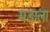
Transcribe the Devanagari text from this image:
मडाला